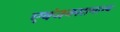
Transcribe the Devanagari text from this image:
एवंजनसामान्य